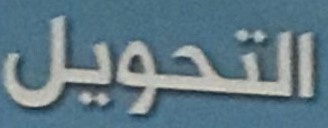
التحويل